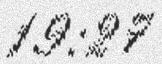
19:27